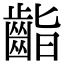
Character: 𪗷